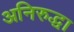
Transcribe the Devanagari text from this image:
अनिरुद्धा